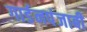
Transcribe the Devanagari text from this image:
गार्डनपंजाबी